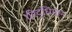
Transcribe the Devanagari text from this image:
।रिद्धिमान